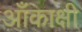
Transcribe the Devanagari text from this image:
आँकाक्षी